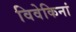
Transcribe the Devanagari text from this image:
विवेकिनां